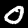
Digit: 0